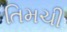
તિમચી